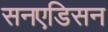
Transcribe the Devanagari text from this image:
सनएडिसन